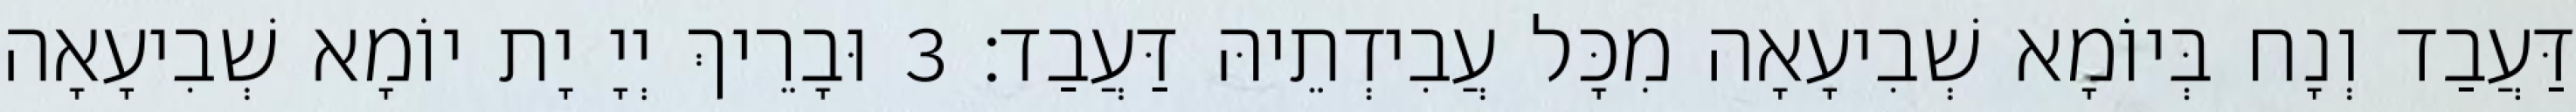
דַּעֲבַד וְנָח בְּיוֹמָא שְׁבִיעָאָה מִכָּל עֲבִידְתֵיהּ דַּעֲבַד׃ 3 וּבָרֵיךְ יְיָ יָת יוֹמָא שְׁבִיעָאָה